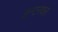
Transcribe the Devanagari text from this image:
इन्टरवल